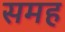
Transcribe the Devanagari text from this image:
समह